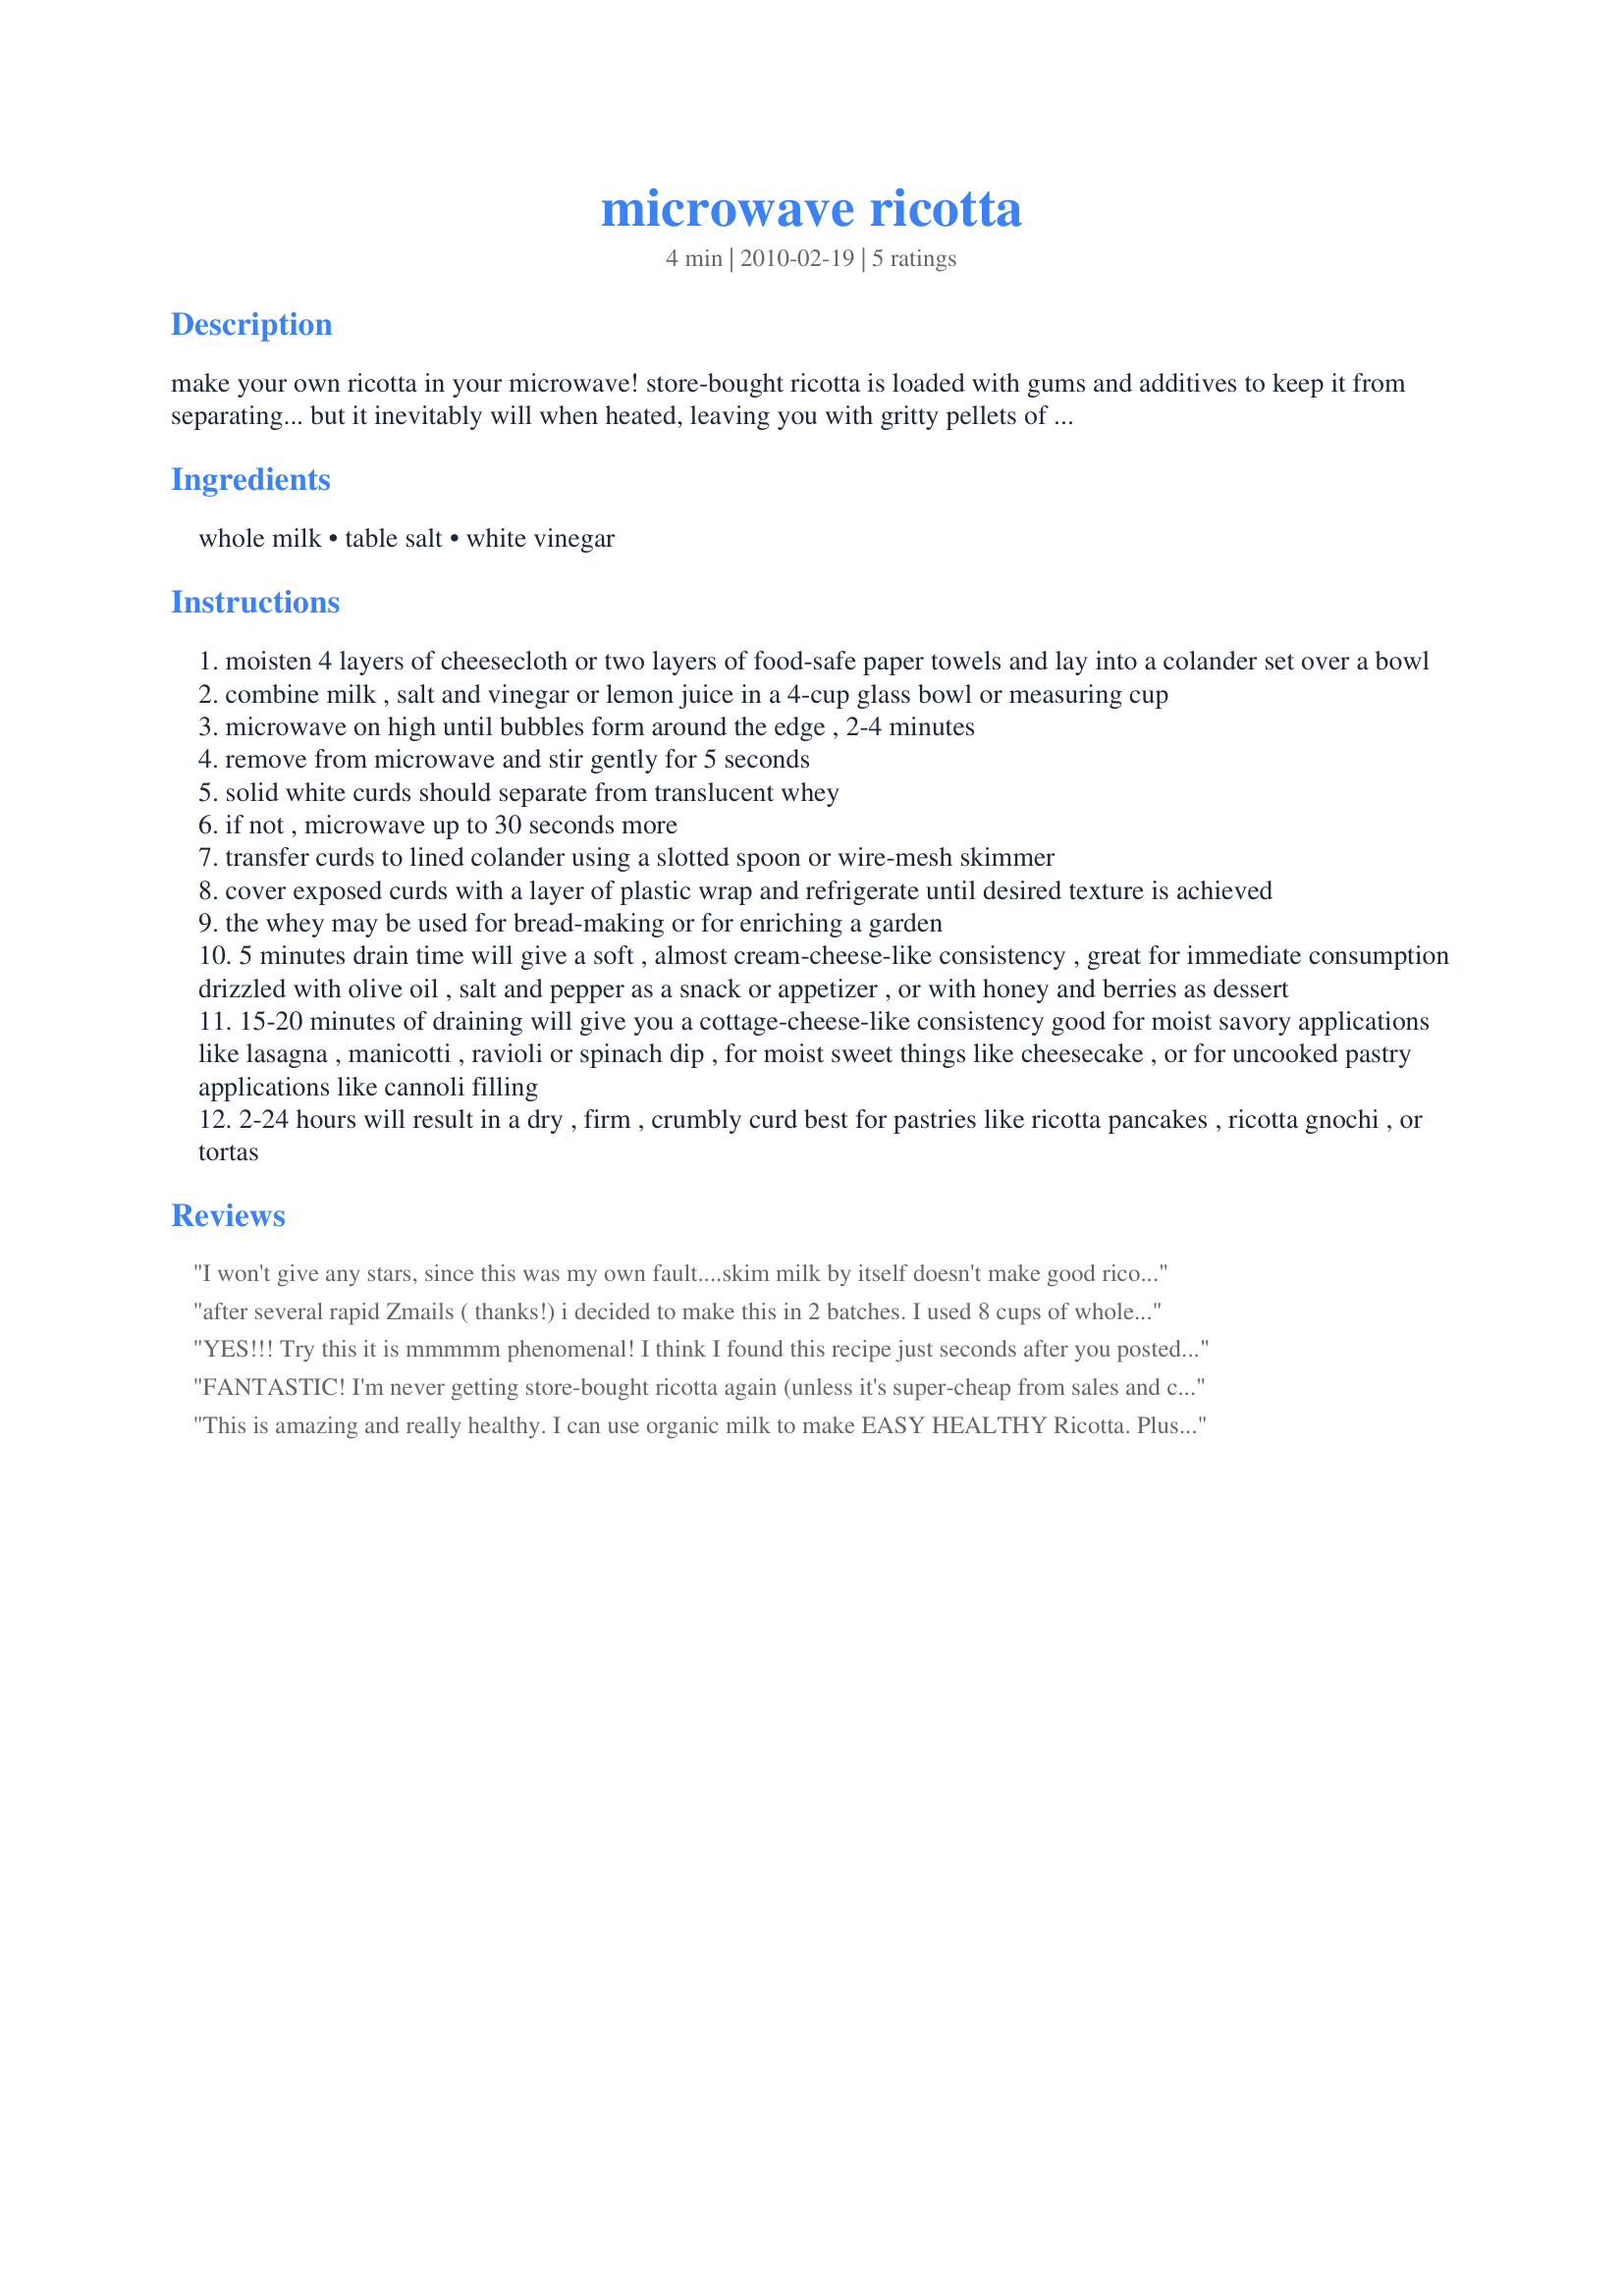
microwave ricotta
Preparation time: 4 minutes

make your own ricotta in your microwave! store-bought ricotta is loaded with gums and additives to keep it from separating... but it inevitably will when heated, leaving you with gritty pellets of cheese floating in water... in the middle of your lasagna. make your own ricotta (technically, this is a type of paneer, but who's counting?) in less than 5 minutes in the microwave. lemon juice will add a noticeable citrus tang, which is nice for sweet pastry, but may not be ideal for savory applications. also, lemon juice may need as much as an extra 2 tsp. milk becomes more acidic as it ages and may need less coagulant, so if your milk is less than fresh, reduce the acid a bit. uht-treated milk (the kind that comes in boxes, or any organic milk) will give less-than-ideal results (smaller yield, and sticky curds). adapted from a recipe by j. kenji lopez-alt at serious eats. http://bit.ly/cu38g1

Ingredients:
whole milk, table salt, white vinegar

Steps:
moisten 4 layers of cheesecloth or two layers of food-safe paper towels and lay into a colander set over a bowl
combine milk , salt and vinegar or lemon juice in a 4-cup glass bowl or measuring cup
microwave on high until bubbles form around the edge , 2-4 minutes
remove from microwave and stir gently for 5 seconds
solid white curds should separate from translucent whey
if not , microwave up to 30 seconds more
transfer curds to lined colander using a slotted spoon or wire-mesh skimmer
cover exposed curds with a layer of plastic wrap and refrigerate until desired texture is achieved
the whey may be used for bread-making or for enriching a garden
5 minutes drain time will give a soft , almost cream-cheese-like consistency , great for immediate consumption drizzled with olive oil , salt and pepper as a snack or appetizer , or with honey and berries as dessert
15-20 minutes of draining will give you a cottage-cheese-like consistency good for moist savory applications like lasagna , manicotti , ravioli or spinach dip , for moist sweet things like cheesecake , or for uncooked pastry applications like cannoli filling
2-24 hours will result in a dry , firm , crumbly curd best for pastries like ricotta pancakes , ricotta gnochi , or tortas

Reviews:
I won't give any stars, since this was my own fault....skim milk by itself doesn't make good ricotta...it makes rubber! I will try this again with whole milk. Just FYI.
after several rapid Zmails ( thanks!) i decided to make this in 2 batches. I used 8 cups of whole milk, 2 tbsp salt and 8 tbsp white vinegar and microwaved it in 5 minute increments until it seperated, probably 20/25 minutes tops. poured in into a cheesecloth lined colander and drained. Repeated all again so i could make the amount i needed. It turned out amazing and creamy and had some leftover to eat for breakfast with strawberries! will make again for sure now that i know what i'm doing and can speed things up a bit. Thanks for great communication Dr and i too love Serious Eats so thanks for posting the recipe here. I used the leftover whey in roll recipe too and they turned out great! Bonus!!
YES!!! Try this it is mmmmm phenomenal! I think I found this recipe just seconds after you posted it, definitely meant to be!!! I followed the recipe almost exactly as written, and used distilled white wine vinegar. I didn't have whole milk, but I did have half and half and skim milk, so I used 1 cup of each. Wow, I think it took 7 minutes from start to clean up, and here I am enjoying a delicacy! I took your suggestion to consume while warm with berries and honey, but used agave sweetener since that's what I had. Mmm just perfect! I can't wait to prepare this for my next dinner party, it looks and tastes like a sophisticated italian dessert, definitely will impress! I don't think I'll share the recipe just yet... eventually, but I just have to let them be in awe for a little while! :D Thanks for sharing such a unique and fabulous recipe! We need more recipes like this that are so thoughtful in nutrition and committed to using "real" food. What a payoff! Thank you thank you thank you!!!
FANTASTIC! I'm never getting store-bought ricotta again (unless it's super-cheap from sales and coupons.) I had no idea it was this easy and could be made with such simple household staples. I'll definitely use this for every recipe that requires only a little ricotta cheese but I don't want to buy a tub at the store; like it's perfect for cheesecakes and those berries and cream pasta stacks. Thanks so much!
This is amazing and really healthy.

I can use organic milk to make EASY HEALTHY Ricotta.

Plus it's a Microwave recipe. GAD! That's fabulous!

THANKS Dr Gaellon
